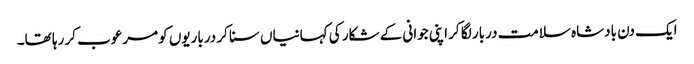
ایک دن بادشاہ سلامت دربار لگا کر اپنی جوانی کے شکار کی کہانیاں سنا کر درباریوں کو مرعوب کر رہا تھا۔